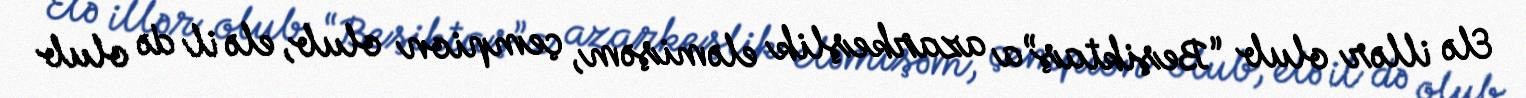
Elə illər olub “Beşiktaş”a azarkeşlik eləmişəm, çempion olub, elə il də olub